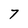
Character: 7